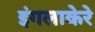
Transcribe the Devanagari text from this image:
इंगलाकेरे